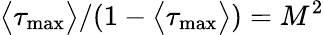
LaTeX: \big\langle\tau_{\mathrm{max}}\big\rangle/(1-\big\langle\tau_{\mathrm{max}}\big\rangle)=M^{2}